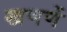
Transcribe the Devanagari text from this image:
खणणें